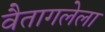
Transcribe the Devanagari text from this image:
वैतागलेला